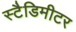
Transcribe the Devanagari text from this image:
स्टैडिमीटर